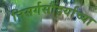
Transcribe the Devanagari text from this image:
निसर्गसौंदर्याच्या